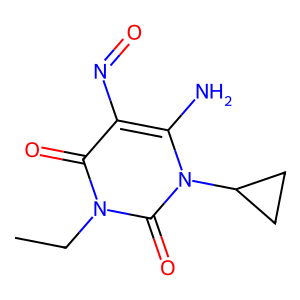
SMILES: CCn1c(=O)c(N=O)c(N)n(C2CC2)c1=O
Inhibits HIV replication: No